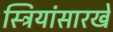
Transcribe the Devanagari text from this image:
स्त्रियांसारखे